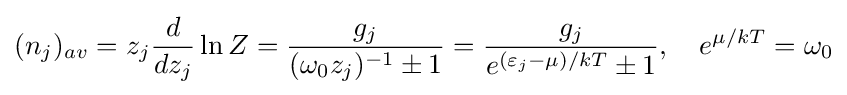
(n_{j})_{av}=z_{j}{\frac {d}{dz_{j}}}\ln Z={\frac {g_{j}}{(\omega _{0}z_{j})^{-1}\pm 1}}={\frac {g_{j}}{e^{(\varepsilon _{j}-\mu )/kT}\pm 1}},\quad e^{\mu /kT}=\omega _{0}